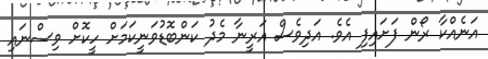
އަނެއްކާ ރޯން ފަށައިފި އެވެ. އަދިވެސް އަރީނާ މެދު ކަންބޮޑުވަނީކަމަށް ހީކޮށް ވިސްނައި